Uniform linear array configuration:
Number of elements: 16
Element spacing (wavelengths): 1
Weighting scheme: cosine
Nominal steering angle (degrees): -15
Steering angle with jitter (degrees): -15.236
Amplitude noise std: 0.05
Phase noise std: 0.05

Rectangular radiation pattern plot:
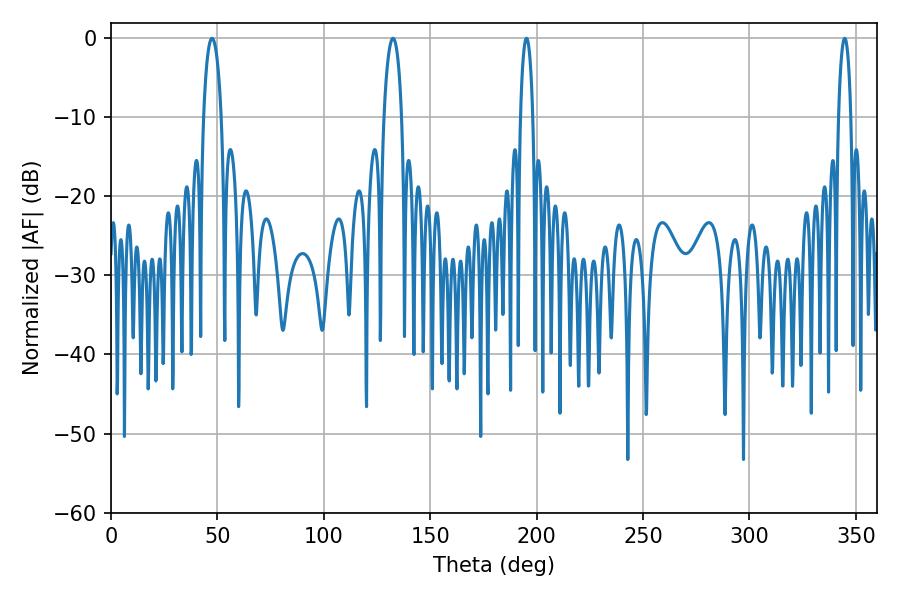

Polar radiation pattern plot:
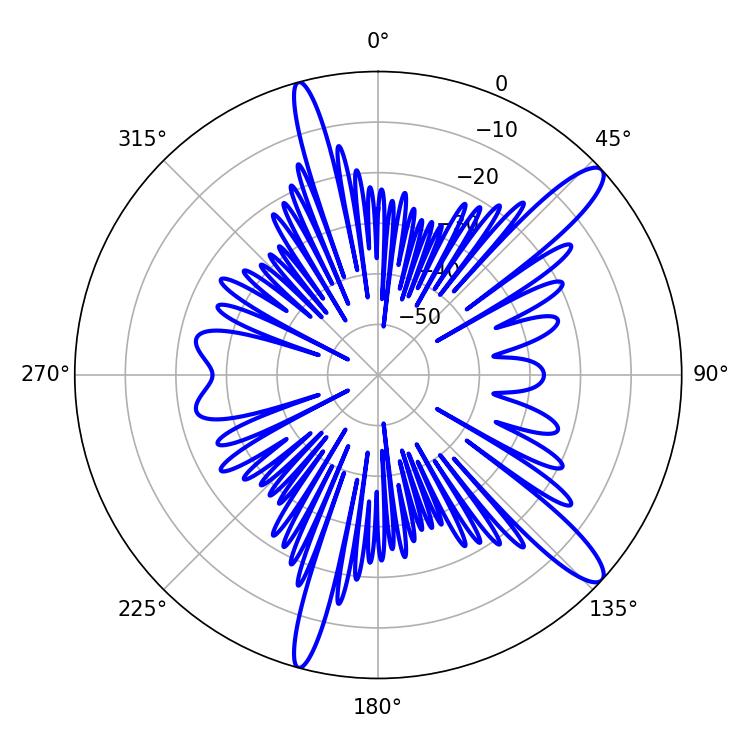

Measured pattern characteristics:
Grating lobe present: TRUE
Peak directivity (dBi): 12.963
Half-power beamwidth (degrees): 4.68
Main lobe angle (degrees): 47.52